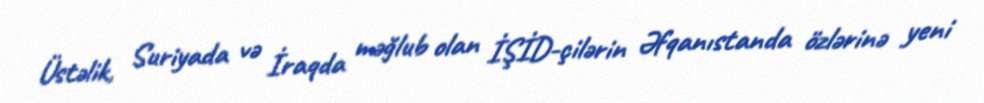
Üstəlik, Suriyada və İraqda məğlub olan İŞİD-çilərin Əfqanıstanda özlərinə yeni